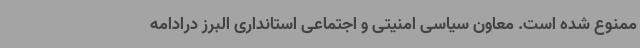
ممنوع شده است. معاون سیاسی امنیتی و اجتماعی استانداری البرز درادامه